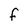
Character: F